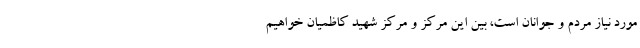
مورد نیاز مردم و جوانان است، بین این مرکز و مرکز شهید کاظمیان خواهیم